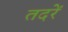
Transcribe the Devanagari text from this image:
तदरें